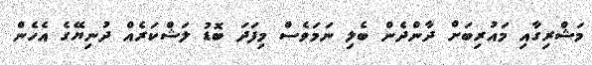
މަޝްރިގާއި މައުރިބަށް ދާންދެން ބެލި ނަމަވެސް މިފަދަ ބޮޑު ލަޝްކަރެއް ދުނިޔޭގެ އެހެން